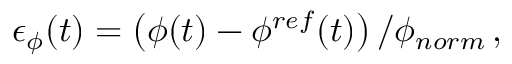
\epsilon _ { \phi } ( t ) = \left( \phi ( t ) - \phi ^ { r e f } ( t ) \right) / \phi _ { n o r m } \, ,